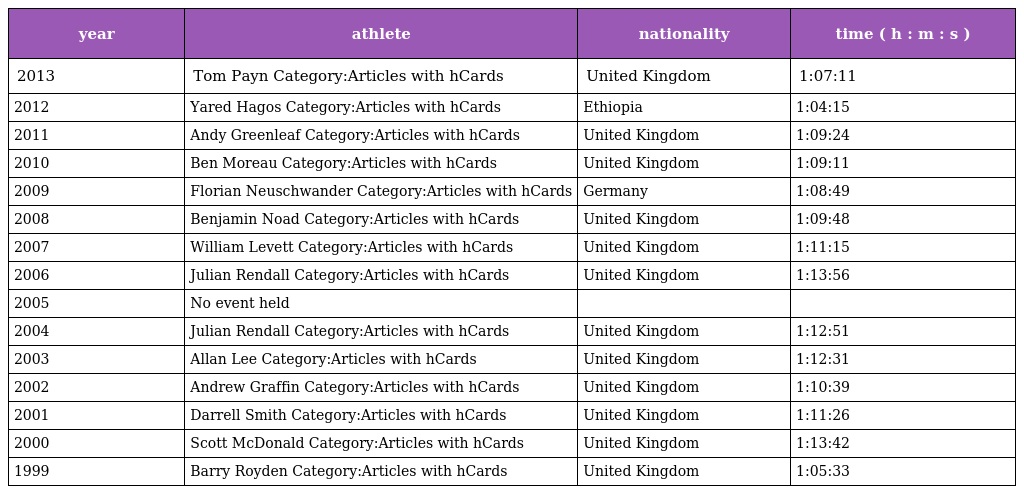
| year | athlete | nationality | time ( h : m : s ) |
 | --- | --- | --- | --- |
 | 2013 | Tom Payn Category:Articles with hCards | United Kingdom | 1:07:11 |
 | 2012 | Yared Hagos Category:Articles with hCards | Ethiopia | 1:04:15 |
 | 2011 | Andy Greenleaf Category:Articles with hCards | United Kingdom | 1:09:24 |
 | 2010 | Ben Moreau Category:Articles with hCards | United Kingdom | 1:09:11 |
 | 2009 | Florian Neuschwander Category:Articles with hCards | Germany | 1:08:49 |
 | 2008 | Benjamin Noad Category:Articles with hCards | United Kingdom | 1:09:48 |
 | 2007 | William Levett Category:Articles with hCards | United Kingdom | 1:11:15 |
 | 2006 | Julian Rendall Category:Articles with hCards | United Kingdom | 1:13:56 |
 | 2005 | No event held |  |  |
 | 2004 | Julian Rendall Category:Articles with hCards | United Kingdom | 1:12:51 |
 | 2003 | Allan Lee Category:Articles with hCards | United Kingdom | 1:12:31 |
 | 2002 | Andrew Graffin Category:Articles with hCards | United Kingdom | 1:10:39 |
 | 2001 | Darrell Smith Category:Articles with hCards | United Kingdom | 1:11:26 |
 | 2000 | Scott McDonald Category:Articles with hCards | United Kingdom | 1:13:42 |
 | 1999 | Barry Royden Category:Articles with hCards | United Kingdom | 1:05:33 |